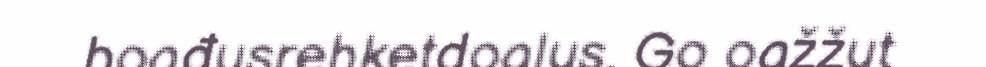
boađusrehketdoalus. Go oažžut